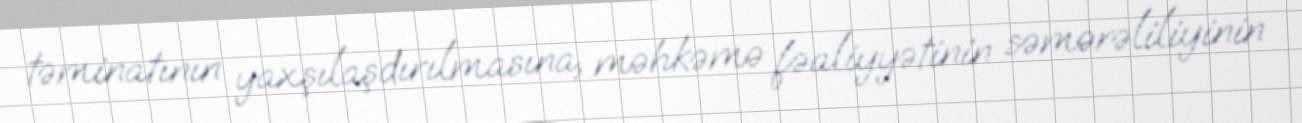
təminatının yaxşılaşdırılmasına, məhkəmə fəaliyyətinin səmərəliliyinin